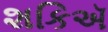
શકિઍ